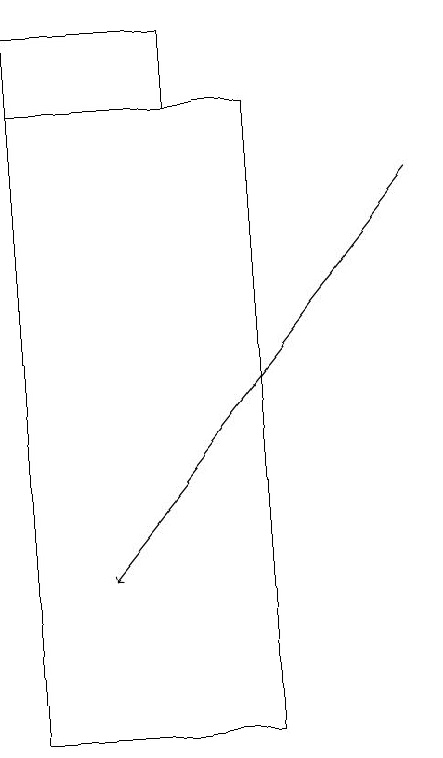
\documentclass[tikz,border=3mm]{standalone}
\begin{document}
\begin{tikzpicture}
\draw (6,10) rectangle (3,18);
\draw[->] (8,17) -- (4,12);
\draw (5,18) rectangle (3,19);
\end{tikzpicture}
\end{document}